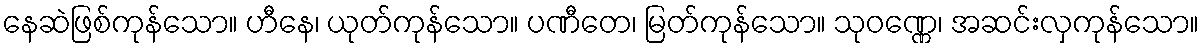
နေဆဲဖြစ်ကုန်သော။ ဟီနေ၊ ယုတ်ကုန်သော။ ပဏီတေ၊ မြတ်ကုန်သော။ သုဝဏ္ဏေ၊ အဆင်းလှကုန်သော။